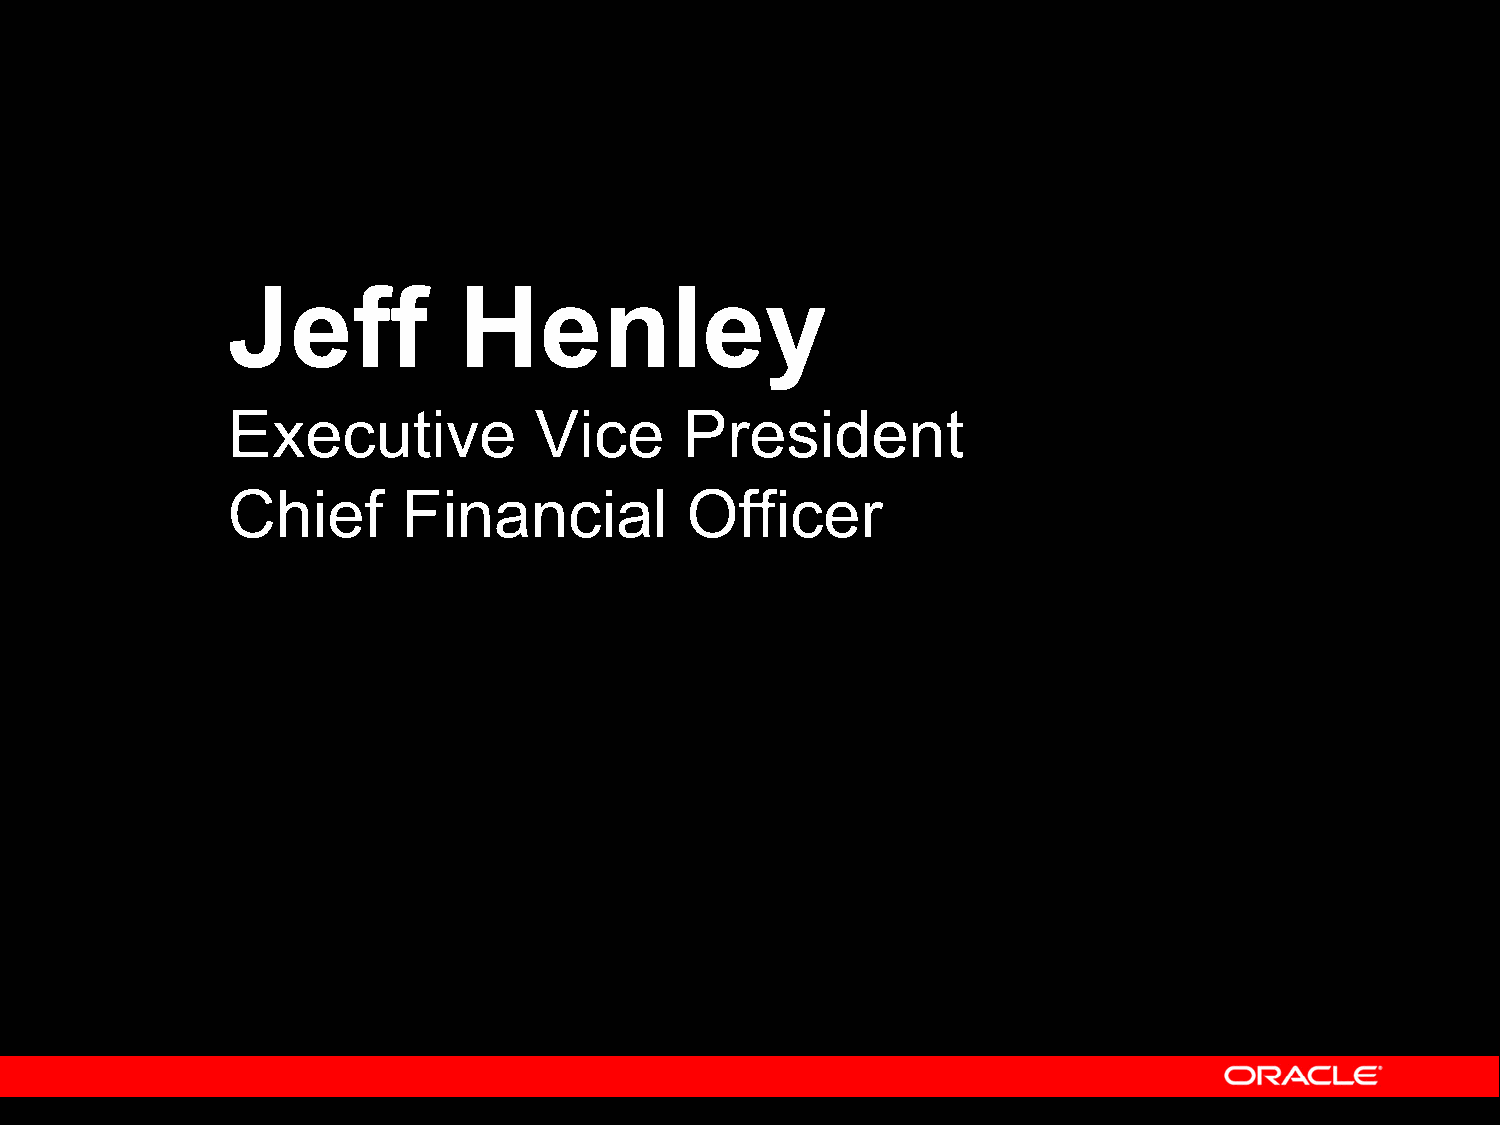
Jeff           Henley
 Executive           Vice      President
 Chief       Financial         Officer